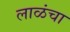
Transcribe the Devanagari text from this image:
लाळंचा